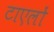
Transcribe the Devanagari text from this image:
टाएलों